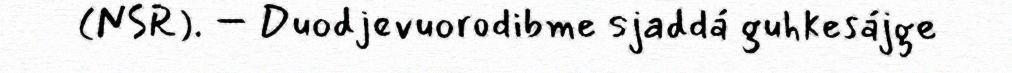
(NSR). – Duodjevuorodibme sjaddá guhkesájge